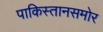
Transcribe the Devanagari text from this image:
पाकिस्तानसमोर